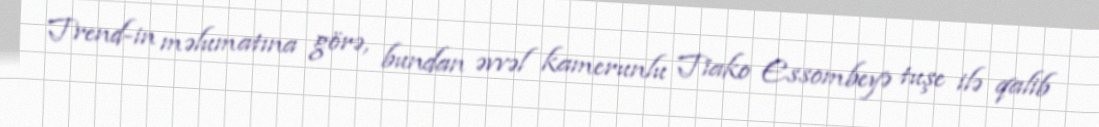
Trend-in məlumatına görə, bundan əvvəl kamerunlu Tiako Essombeyə tuşe ilə qalib